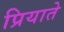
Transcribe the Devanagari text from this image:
प्रियाते